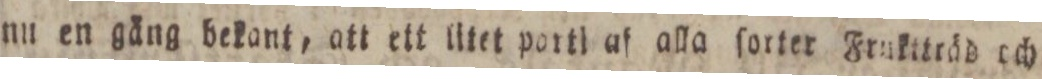
nu en gäng bekant, att ett litet parti af alla ſorter Fruktträd och